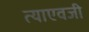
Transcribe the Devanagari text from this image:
त्याएवजी